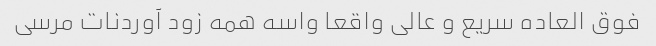
فوق العاده سریع و عالی واقعا واسه همه زود آوردنات مرسی